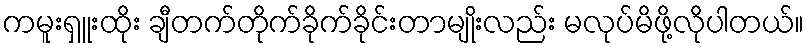
ကမူးရှူးထိုး ချီတက်တိုက်ခိုက်ခိုင်းတာမျိုးလည်း မလုပ်မိဖို့လိုပါတယ်။